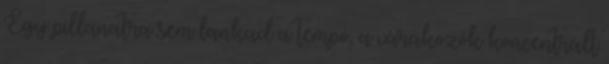
Egy pillanatra sem lankad a tempó, a várakozók koncentrált